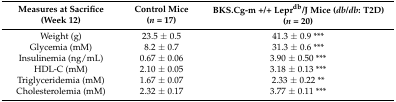
<table><thead><tr><td><b>Measures at Sacrifice (Week 12)</b></td><td><b>Control Mice (<i>n</i> = 17)</b></td><td><b>BKS.Cg-m +/+ Lepr<sup>db</sup>/J Mice (<i>db/db</i>: T2D) (<i>n</i> = 20)</b></td></tr></thead><tbody><tr><td>Weight (g)</td><td>23.5 ± 0.5</td><td>41.3 ± 0.9 ***</td></tr><tr><td>Glycemia (mM)</td><td>8.2 ± 0.7</td><td>31.3 ± 0.6 ***</td></tr><tr><td>Insulinemia (ng/mL)</td><td>0.67 ± 0.06</td><td>3.90 ± 0.50 ***</td></tr><tr><td>HDL-C (mM)</td><td>2.10 ± 0.05</td><td>3.18 ± 0.13 ***</td></tr><tr><td>Triglyceridemia (mM)</td><td>1.67 ± 0.07</td><td>2.33 ± 0.22 **</td></tr><tr><td>Cholesterolemia (mM)</td><td>2.32 ± 0.17</td><td>3.77 ± 0.11 ***</td></tr></tbody></table>